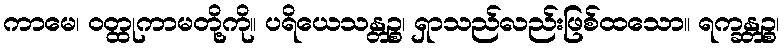
ကာမေ၊ ဝတ္ထုကာမတို့ကို။ ပရိယေသန္တဉ္စ၊ ရှာသည်လည်းဖြစ်ထသော။ ရက္ခန္တဉ္စ၊